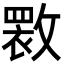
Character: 𫿏